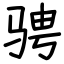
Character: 骋